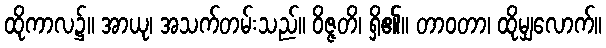
ထိုကာလ၌။ အာယု၊ အသက်တမ်းသည်။ ဝိဇ္ဇတိ၊ ရှိ၏။ တာဝတာ၊ ထိုမျှလောက်။